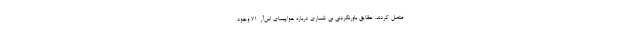
متصل کردند. حقایق باورنکردنی بی شماری درباره هواپیمای اس‌آر-71 وجود